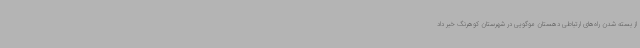
از بسته شدن راه‌های ارتباطی دهستان موگویی در شهرستان کوهرنگ خبر داد